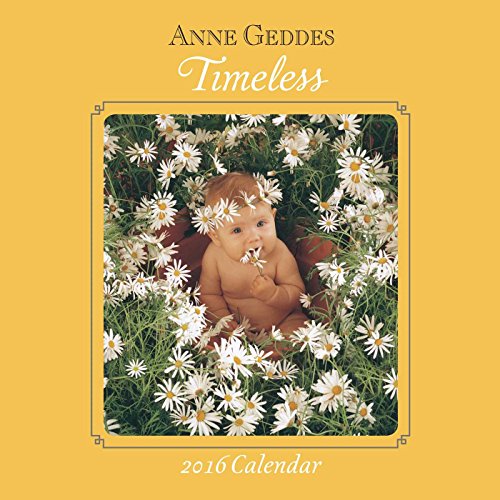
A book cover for Anne Geddes 2016 Mini Wall Calendar: Timeless; Anne Geddes; Arts & Photography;